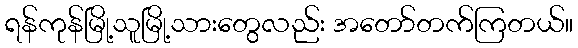
ရန်ကုန်မြို့သူမြို့သားတွေလည်း အတော်တက်ကြတယ်။